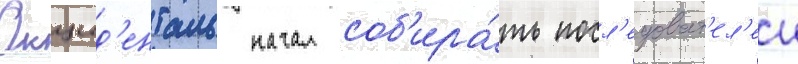
Окцид'енталь начал соб'ира́ть посл'едоват'ел'еи